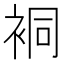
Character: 𧙥